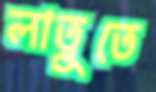
লাতুতে